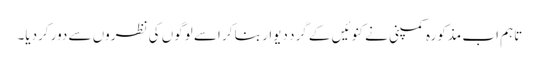
تاہم اب مذکورہ کمپنی نے کنوئیں کے گرد دیوار بنا کر اسے لوگوں کی نظروں سے دور کردیا۔